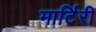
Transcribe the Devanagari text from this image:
मार्टिरी